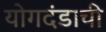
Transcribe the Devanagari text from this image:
योगदंडाची